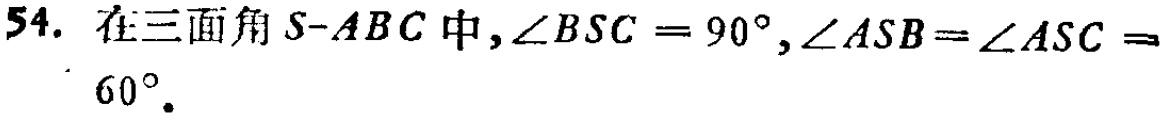
54. 在三面角\(S - ABC\)中，\(\angle BSC = 90^{\circ}\)，\(\angle ASB=\angle ASC = 60^{\circ}\)。